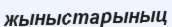
жыныстарыныц